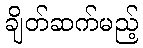
ချိတ်ဆက်မည့်